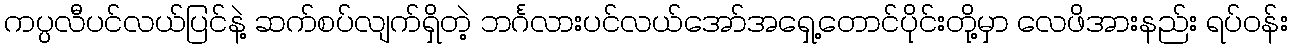
ကပ္ပလီပင်လယ်ပြင်နဲ့ ဆက်စပ်လျက်ရှိတဲ့ ဘင်္ဂလားပင်လယ်အော်အရှေ့တောင်ပိုင်းတို့မှာ လေဖိအားနည်း ရပ်ဝန်း